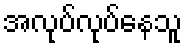
အလုပ်လုပ်နေသူ